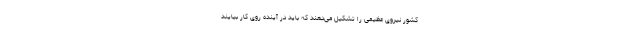
کشور نیروی عظیمی را تشکیل می‌دهند که باید در آینده روی کار بیایند